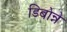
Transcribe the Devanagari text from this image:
डिबोन्ने